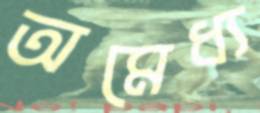
অমেধ্য